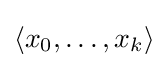
\langle x_{0},\dots ,x_{k}\rangle